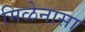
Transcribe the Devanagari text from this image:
मिळेनासा